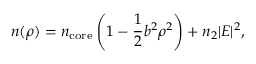
n ( \rho ) = n _ { \mathrm { c o r e } } \left( 1 - \frac { 1 } { 2 } b ^ { 2 } \rho ^ { 2 } \right) + n _ { 2 } | E | ^ { 2 } ,